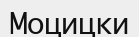
Моцицки